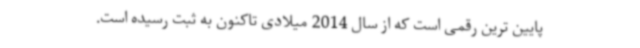
پایین ترین رقمی است که از سال 2014 میلادی تاکنون به ثبت رسیده است.